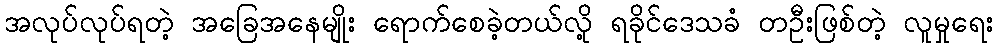
အလုပ်လုပ်ရတဲ့ အခြေအနေမျိုး ရောက်စေခဲ့တယ်လို့ ရခိုင်ဒေသခံ တဦးဖြစ်တဲ့ လူမှုရေး